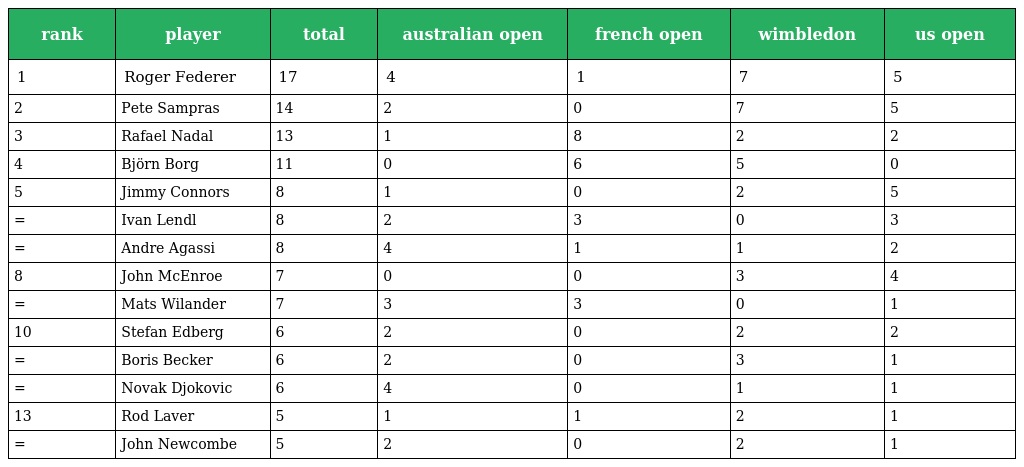
| rank | player | total | australian open | french open | wimbledon | us open |
 | --- | --- | --- | --- | --- | --- | --- |
 | 1 | Roger Federer | 17 | 4 | 1 | 7 | 5 |
 | 2 | Pete Sampras | 14 | 2 | 0 | 7 | 5 |
 | 3 | Rafael Nadal | 13 | 1 | 8 | 2 | 2 |
 | 4 | Björn Borg | 11 | 0 | 6 | 5 | 0 |
 | 5 | Jimmy Connors | 8 | 1 | 0 | 2 | 5 |
 | = | Ivan Lendl | 8 | 2 | 3 | 0 | 3 |
 | = | Andre Agassi | 8 | 4 | 1 | 1 | 2 |
 | 8 | John McEnroe | 7 | 0 | 0 | 3 | 4 |
 | = | Mats Wilander | 7 | 3 | 3 | 0 | 1 |
 | 10 | Stefan Edberg | 6 | 2 | 0 | 2 | 2 |
 | = | Boris Becker | 6 | 2 | 0 | 3 | 1 |
 | = | Novak Djokovic | 6 | 4 | 0 | 1 | 1 |
 | 13 | Rod Laver | 5 | 1 | 1 | 2 | 1 |
 | = | John Newcombe | 5 | 2 | 0 | 2 | 1 |